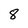
Character: 8